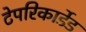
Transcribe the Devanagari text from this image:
टेपरिकार्डेड